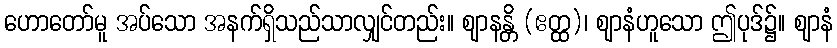
ဟောတော်မူ အပ်သော အနက်ရှိသည်သာလျှင်တည်း။ ဈာနန္တိ (ဧတ္ထ)၊ ဈာနံဟူသော ဤပုဒ်၌။ ဈာနံ